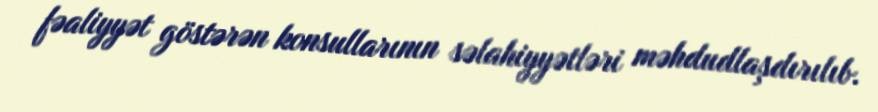
fəaliyyət göstərən konsullarının səlahiyyətləri məhdudlaşdırılıb.